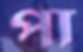
পা